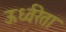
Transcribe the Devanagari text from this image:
ऊर्ध्वरेता